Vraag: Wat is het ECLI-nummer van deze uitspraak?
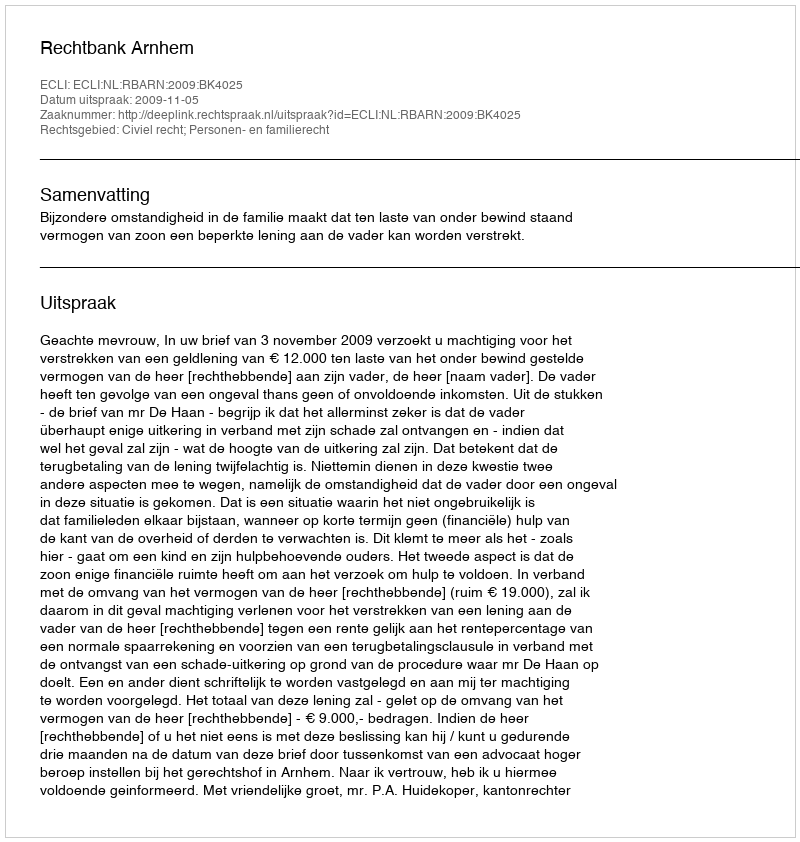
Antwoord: ECLI:NL:RBARN:2009:BK4025